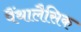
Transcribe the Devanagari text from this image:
पैंथालैसिक